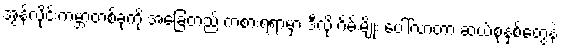
အွန်လိုင်းကမ္ဘာတစ်ခုကို အခြေတည် ကစားရရာမှာ ဒီလို ဂိမ်းမျိုး ပေါ်လာတာ ဆယ်စုနှစ်တွေနဲ့